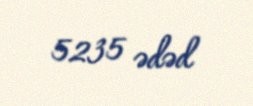
5235 ədəd